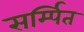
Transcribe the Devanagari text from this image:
सर्म्पित